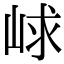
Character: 㟈